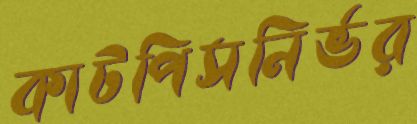
কাটপিসনির্ভর